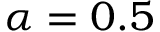
\alpha = 0 . 5